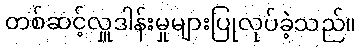
တစ်ဆင့်လှူဒါန်းမှုများပြုလုပ်ခဲ့သည်။